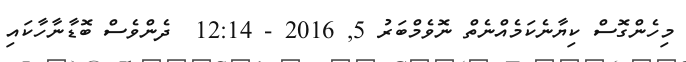
މިހެންގޮސް ކިޔާނެކަމެއްނެތް ނޮވެމްބަރު 5